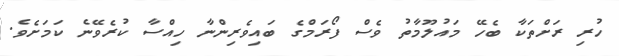
ހުރި ރަށްތަކާ ބެހޭ މައުލޫމާތު ވެސް ފޯރަމްގެ ބައިވެރިންނާ ހިއްސާ ކުރެވޭނެ ކަމަށެވެ.